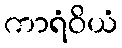
ကာရံဝိယံ